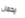
يحمل